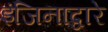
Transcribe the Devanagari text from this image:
इंजिनाद्वारे